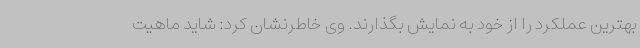
بهترین عملکرد را از خود به نمایش بگذارند. وی خاطرنشان کرد: شاید ماهیت